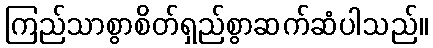
ကြည်သာစွာစိတ်ရှည်စွာဆက်ဆံပါသည်။